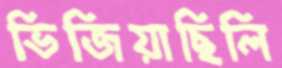
ভিজিয়াছিলি